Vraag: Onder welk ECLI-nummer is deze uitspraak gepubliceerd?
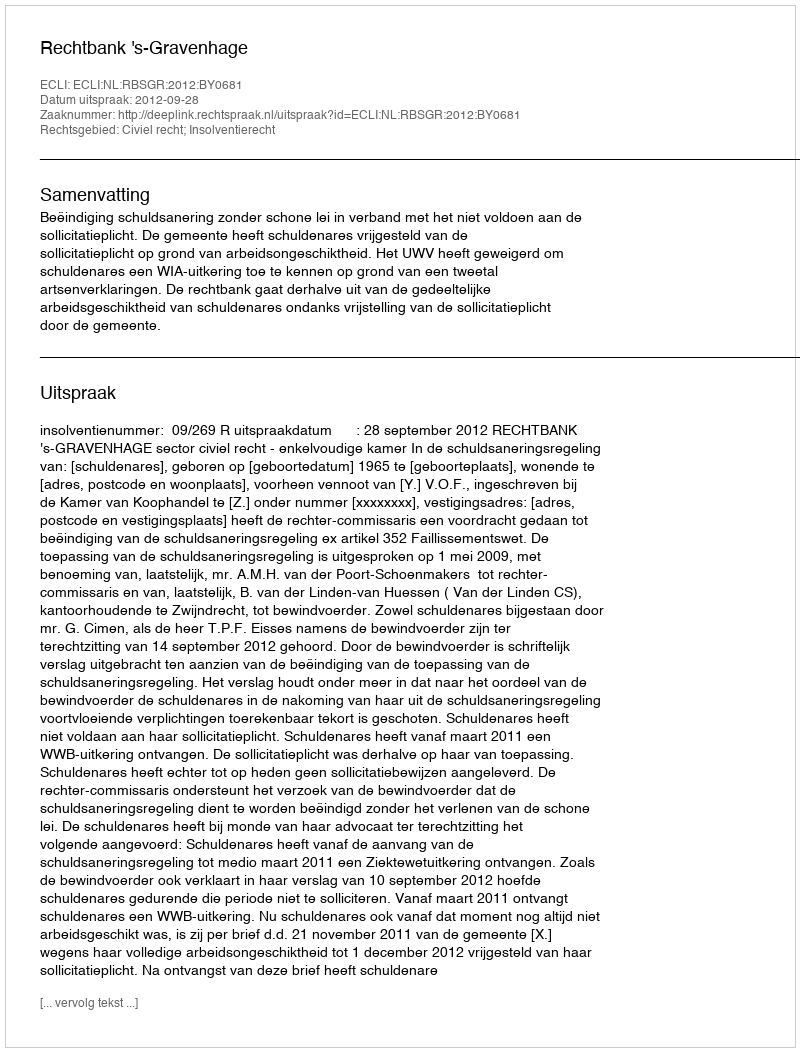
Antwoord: ECLI:NL:RBSGR:2012:BY0681